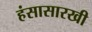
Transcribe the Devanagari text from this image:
हंसासारखी